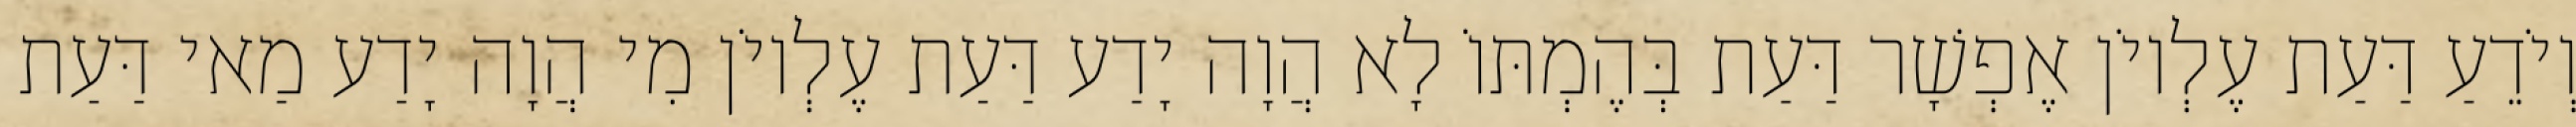
וְיֹדֵעַ דַּעַת עֶלְיוֹן אֶפְשָׁר דַּעַת בְּהֶמְתּוֹ לָא הֲוָה יָדַע דַּעַת עֶלְיוֹן מִי הֲוָה יָדַע מַאי דַּעַת